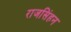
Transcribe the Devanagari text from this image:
राजसिंहन